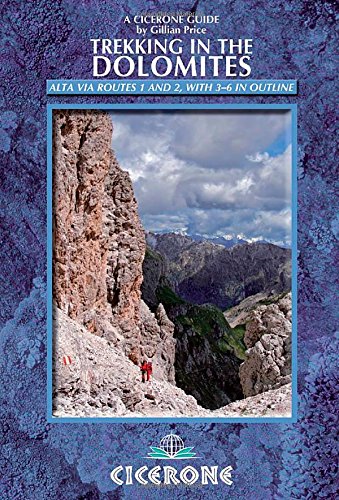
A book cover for Trekking in the Dolomites: Alta Via routes 1 and 2, with Alta Via routes 3-6 in outline; Gillian Price; Sports & Outdoors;